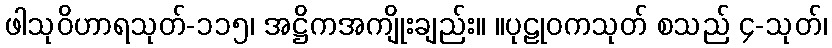
ဖါသုဝိဟာရသုတ်-၁၁၅၊ အဋ္ဌိကအကျိုးချည်း။ ။ပုဠုဝကသုတ် စသည် ၄-သုတ်၊